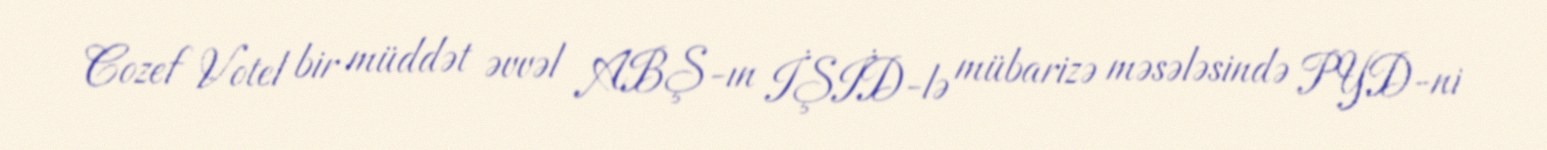
Cozef Votel bir müddət əvvəl ABŞ-ın İŞİD-lə mübarizə məsələsində PYD-ni